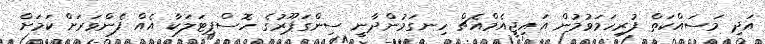
އަދި މަސައްކަތް ފުރިހަމަވުމުން އައިޖީއެމްއެޗް ހިނގަމުންދާނީ ސިންގަޕޫރުގެ ހޮސްޕިޓަލަކާ އެއް ފެންވަރަށް ކަމަށް